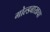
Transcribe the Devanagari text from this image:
गोल्डबाखचा